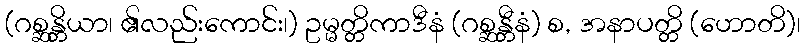
(ဂစ္ဆန္တိယာ၊ ၏လည်းကောင်း၊) ဥမ္မတ္တိကာဒီနံ (ဂစ္ဆန္တီနံ) စ, အနာပတ္တိ (ဟောတိ)၊